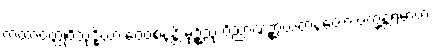
ကထာဝတ္ထုဝိသုဒ္ဓိယာ ဝေဝစနန္တိ မုဉ္စိံသု ဝိညာဏဉ္စာယတနတော ပက္ခန္တရမာဟ